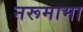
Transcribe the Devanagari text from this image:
नरूमामा